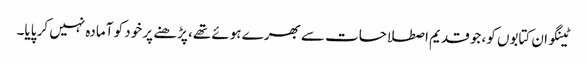
ٹینگو ان کتابوں کو، جو قدیم اصطلاحات سے بھرے ہوئے تھے، پڑھنے پر خود کو آمادہ نہیں کر پایا۔